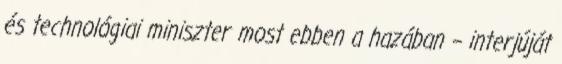
és technológiai miniszter most ebben a hazában – interjúját